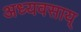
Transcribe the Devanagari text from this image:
अध्यवसाय्